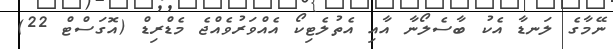
ނޭމާގެ ލަނޑާ އެކު ބާސެލޯނާ އާއި އެތުލެޓިކޯ އެއްވަރުވެއްޖެ މެޑްރިޑް (އޮގަސްޓް 22)